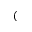
(